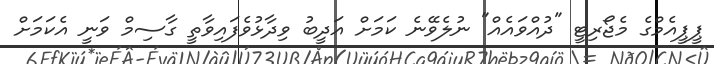
ޕީޕީއެމްގެ މެޖޯރިޓީ "ދުއްވައެއް" ނުލެވޭނެ ކަމަށް އަދީބު ވިދާޅުވެފައިވާތީ ގާސިމް ވަނީ އެކަމަށް